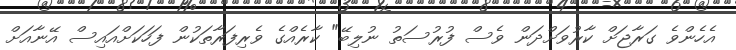
އެހެންވެ ގަރާޖަށް ކާރުވަށްދަން ވެސް ފުރުސަތު ނުލިބޭ" ކާރެއްގެ ވެރިފަރާތަކުން ފަހަކަށްއައިސް އޭނާއަށް